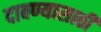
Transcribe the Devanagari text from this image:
दाबण्यासाठी